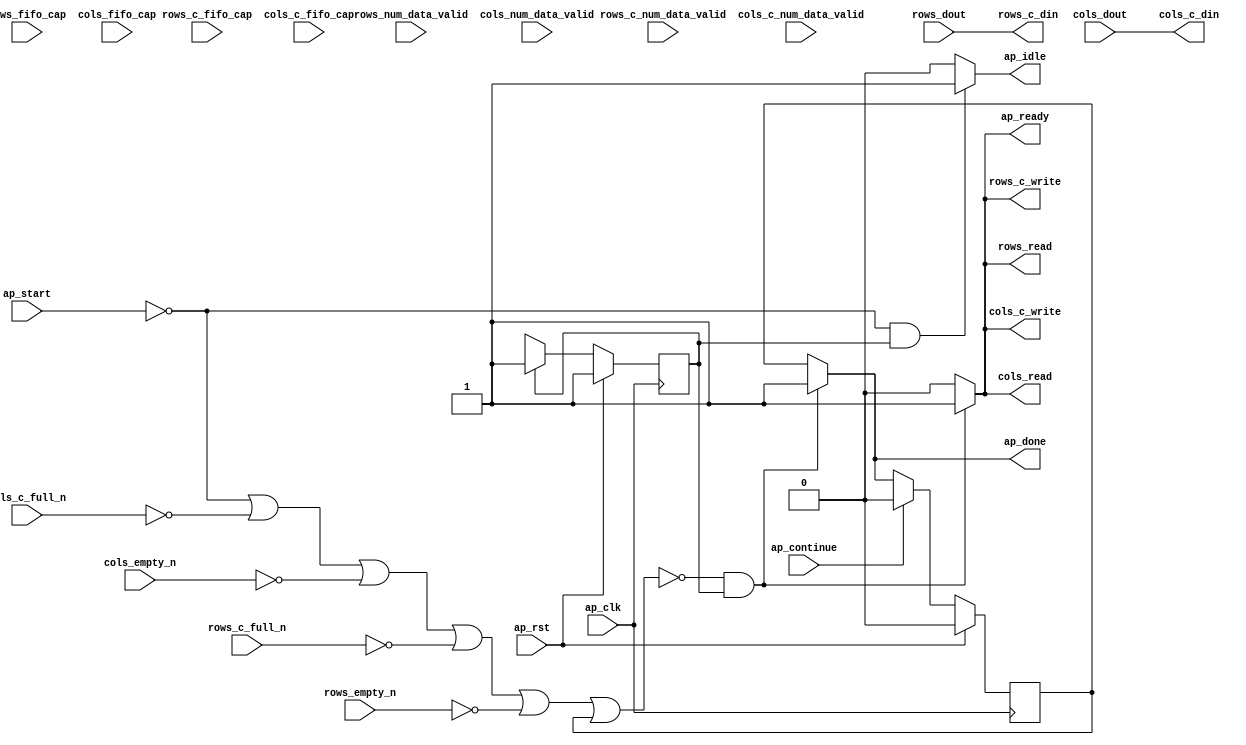
// Copyright (C) 2022, Advanced Micro Devices, Inc. All rights reserved.
// SPDX-License-Identifier: MIT
// ==============================================================
// Version: 2022.1
// 
// ===========================================================

`timescale 1 ns / 1 ps 

module pp_pipeline_accel_entry_proc8 (
        ap_clk,
        ap_rst,
        ap_start,
        ap_done,
        ap_continue,
        ap_idle,
        ap_ready,
        rows_dout,
        rows_num_data_valid,
        rows_fifo_cap,
        rows_empty_n,
        rows_read,
        rows_c_din,
        rows_c_num_data_valid,
        rows_c_fifo_cap,
        rows_c_full_n,
        rows_c_write,
        cols_dout,
        cols_num_data_valid,
        cols_fifo_cap,
        cols_empty_n,
        cols_read,
        cols_c_din,
        cols_c_num_data_valid,
        cols_c_fifo_cap,
        cols_c_full_n,
        cols_c_write
);

parameter    ap_ST_fsm_state1 = 1'd1;

input   ap_clk;
input   ap_rst;
input   ap_start;
output   ap_done;
input   ap_continue;
output   ap_idle;
output   ap_ready;
input  [10:0] rows_dout;
input  [2:0] rows_num_data_valid;
input  [2:0] rows_fifo_cap;
input   rows_empty_n;
output   rows_read;
output  [10:0] rows_c_din;
input  [2:0] rows_c_num_data_valid;
input  [2:0] rows_c_fifo_cap;
input   rows_c_full_n;
output   rows_c_write;
input  [10:0] cols_dout;
input  [1:0] cols_num_data_valid;
input  [1:0] cols_fifo_cap;
input   cols_empty_n;
output   cols_read;
output  [10:0] cols_c_din;
input  [2:0] cols_c_num_data_valid;
input  [2:0] cols_c_fifo_cap;
input   cols_c_full_n;
output   cols_c_write;

reg ap_done;
reg ap_idle;
reg ap_ready;
reg rows_read;
reg rows_c_write;
reg cols_read;
reg cols_c_write;

reg    ap_done_reg;
(* fsm_encoding = "none" *) reg   [0:0] ap_CS_fsm;
wire    ap_CS_fsm_state1;
reg    rows_blk_n;
reg    rows_c_blk_n;
reg    cols_blk_n;
reg    cols_c_blk_n;
reg    ap_block_state1;
reg   [0:0] ap_NS_fsm;
reg    ap_ST_fsm_state1_blk;
wire    ap_ce_reg;

// power-on initialization
initial begin
#0 ap_done_reg = 1'b0;
#0 ap_CS_fsm = 1'd1;
end

always @ (posedge ap_clk) begin
    if (ap_rst == 1'b1) begin
        ap_CS_fsm <= ap_ST_fsm_state1;
    end else begin
        ap_CS_fsm <= ap_NS_fsm;
    end
end

always @ (posedge ap_clk) begin
    if (ap_rst == 1'b1) begin
        ap_done_reg <= 1'b0;
    end else begin
        if ((ap_continue == 1'b1)) begin
            ap_done_reg <= 1'b0;
        end else if ((~((ap_start == 1'b0) | (cols_c_full_n == 1'b0) | (cols_empty_n == 1'b0) | (rows_c_full_n == 1'b0) | (rows_empty_n == 1'b0) | (ap_done_reg == 1'b1)) & (1'b1 == ap_CS_fsm_state1))) begin
            ap_done_reg <= 1'b1;
        end
    end
end

always @ (*) begin
    if (((ap_start == 1'b0) | (cols_c_full_n == 1'b0) | (cols_empty_n == 1'b0) | (rows_c_full_n == 1'b0) | (rows_empty_n == 1'b0) | (ap_done_reg == 1'b1))) begin
        ap_ST_fsm_state1_blk = 1'b1;
    end else begin
        ap_ST_fsm_state1_blk = 1'b0;
    end
end

always @ (*) begin
    if ((~((ap_start == 1'b0) | (cols_c_full_n == 1'b0) | (cols_empty_n == 1'b0) | (rows_c_full_n == 1'b0) | (rows_empty_n == 1'b0) | (ap_done_reg == 1'b1)) & (1'b1 == ap_CS_fsm_state1))) begin
        ap_done = 1'b1;
    end else begin
        ap_done = ap_done_reg;
    end
end

always @ (*) begin
    if (((ap_start == 1'b0) & (1'b1 == ap_CS_fsm_state1))) begin
        ap_idle = 1'b1;
    end else begin
        ap_idle = 1'b0;
    end
end

always @ (*) begin
    if ((~((ap_start == 1'b0) | (cols_c_full_n == 1'b0) | (cols_empty_n == 1'b0) | (rows_c_full_n == 1'b0) | (rows_empty_n == 1'b0) | (ap_done_reg == 1'b1)) & (1'b1 == ap_CS_fsm_state1))) begin
        ap_ready = 1'b1;
    end else begin
        ap_ready = 1'b0;
    end
end

always @ (*) begin
    if ((~((ap_start == 1'b0) | (ap_done_reg == 1'b1)) & (1'b1 == ap_CS_fsm_state1))) begin
        cols_blk_n = cols_empty_n;
    end else begin
        cols_blk_n = 1'b1;
    end
end

always @ (*) begin
    if ((~((ap_start == 1'b0) | (ap_done_reg == 1'b1)) & (1'b1 == ap_CS_fsm_state1))) begin
        cols_c_blk_n = cols_c_full_n;
    end else begin
        cols_c_blk_n = 1'b1;
    end
end

always @ (*) begin
    if ((~((ap_start == 1'b0) | (cols_c_full_n == 1'b0) | (cols_empty_n == 1'b0) | (rows_c_full_n == 1'b0) | (rows_empty_n == 1'b0) | (ap_done_reg == 1'b1)) & (1'b1 == ap_CS_fsm_state1))) begin
        cols_c_write = 1'b1;
    end else begin
        cols_c_write = 1'b0;
    end
end

always @ (*) begin
    if ((~((ap_start == 1'b0) | (cols_c_full_n == 1'b0) | (cols_empty_n == 1'b0) | (rows_c_full_n == 1'b0) | (rows_empty_n == 1'b0) | (ap_done_reg == 1'b1)) & (1'b1 == ap_CS_fsm_state1))) begin
        cols_read = 1'b1;
    end else begin
        cols_read = 1'b0;
    end
end

always @ (*) begin
    if ((~((ap_start == 1'b0) | (ap_done_reg == 1'b1)) & (1'b1 == ap_CS_fsm_state1))) begin
        rows_blk_n = rows_empty_n;
    end else begin
        rows_blk_n = 1'b1;
    end
end

always @ (*) begin
    if ((~((ap_start == 1'b0) | (ap_done_reg == 1'b1)) & (1'b1 == ap_CS_fsm_state1))) begin
        rows_c_blk_n = rows_c_full_n;
    end else begin
        rows_c_blk_n = 1'b1;
    end
end

always @ (*) begin
    if ((~((ap_start == 1'b0) | (cols_c_full_n == 1'b0) | (cols_empty_n == 1'b0) | (rows_c_full_n == 1'b0) | (rows_empty_n == 1'b0) | (ap_done_reg == 1'b1)) & (1'b1 == ap_CS_fsm_state1))) begin
        rows_c_write = 1'b1;
    end else begin
        rows_c_write = 1'b0;
    end
end

always @ (*) begin
    if ((~((ap_start == 1'b0) | (cols_c_full_n == 1'b0) | (cols_empty_n == 1'b0) | (rows_c_full_n == 1'b0) | (rows_empty_n == 1'b0) | (ap_done_reg == 1'b1)) & (1'b1 == ap_CS_fsm_state1))) begin
        rows_read = 1'b1;
    end else begin
        rows_read = 1'b0;
    end
end

always @ (*) begin
    case (ap_CS_fsm)
        ap_ST_fsm_state1 : begin
            ap_NS_fsm = ap_ST_fsm_state1;
        end
        default : begin
            ap_NS_fsm = 'bx;
        end
    endcase
end

assign ap_CS_fsm_state1 = ap_CS_fsm[32'd0];

always @ (*) begin
    ap_block_state1 = ((ap_start == 1'b0) | (cols_c_full_n == 1'b0) | (cols_empty_n == 1'b0) | (rows_c_full_n == 1'b0) | (rows_empty_n == 1'b0) | (ap_done_reg == 1'b1));
end

assign cols_c_din = cols_dout;

assign rows_c_din = rows_dout;

endmodule //pp_pipeline_accel_entry_proc8